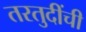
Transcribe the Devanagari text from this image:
तरतुदींची